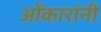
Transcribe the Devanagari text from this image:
ओंकारांनी